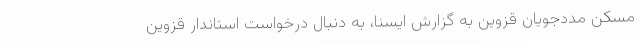
مسکن مددجویان قزوین به گزارش ایسنا، به دنبال درخواست استاندار قزوین